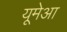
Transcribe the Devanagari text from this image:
यूमेआ